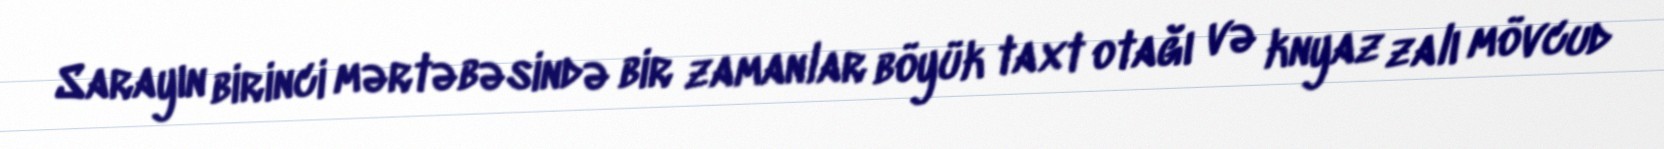
Sarayın birinci mərtəbəsində bir zamanlar böyük taxt otağı və knyaz zalı mövcud